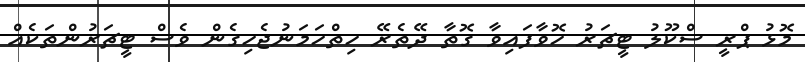
މޮޅު ޕްރީ ސްކޫލު ޓީޗަރު ހޮވާފައިވާ ގޮތާ ދޭތެރޭ ހިތްހަމަނުޖެހިގެން ވެސް ޓީޗަރުންތަކެއް